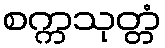
စက္ကသုတ္တံ